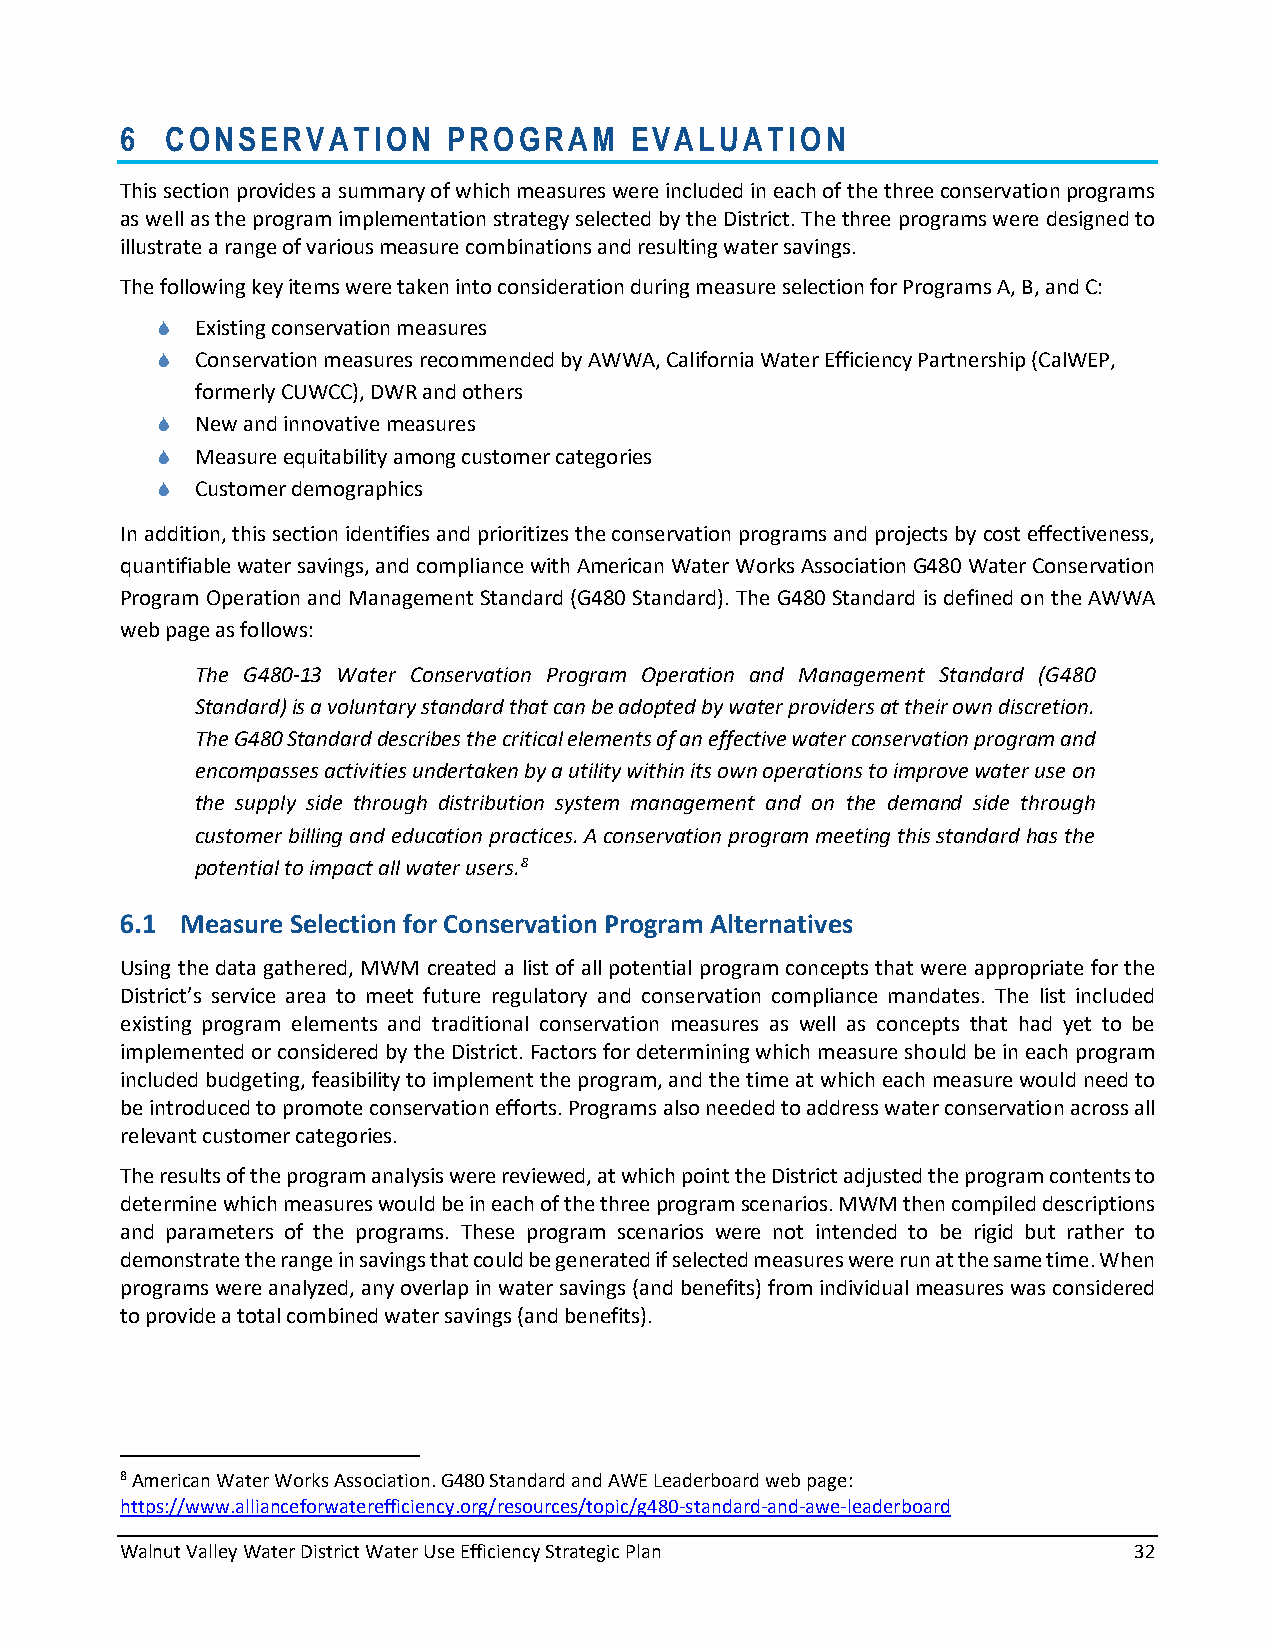
6  CONSERVATION       PROGRAM     EVALUATION
 This section provides a summary of which measures were included in each of the three conservation programs
 as well as the program implementation strategy selected by the District. The three programs were designed to
 illustrate a range of various measure combinations and resulting water savings.
 The following key items were taken into consideration during measure selection for Programs A, B, and C:
   Existing conservation measures
   Conservation measures recommended by AWWA, California Water Efficiency Partnership (CalWEP,
 formerly CUWCC), DWR and others
   New and innovative measures
   Measure equitability among customer categories
   Customer demographics
 In addition, this section identifies and prioritizes the conservation programs and projects by cost effectiveness,
 quantifiable water savings, and compliance with American Water Works Association G480 Water Conservation
 Program Operation and Management Standard (G480 Standard). The G480 Standard is defined on the AWWA
 web page as follows:
 The G480-13 Water Conservation Program Operation and Management Standard (G480
 Standard) is a voluntary standard that can be adopted by water providers at their own discretion.
 The G480 Standard describes the critical elements of an effective water conservation program and
 encompasses activities undertaken by a utility within its own operations to improve water use on
 the supply side through distribution system management and on the demand side through
 customer billing and education practices. A conservation program meeting this standard has the
 potential to impact all water users.8
 Measure Selection for Conservation Program Alternatives
 Using the data gathered, MWM created a list of all potential program concepts that were appropriate for the
 District’s service area to meet future regulatory and conservation compliance mandates. The list included
 existing program elements and traditional conservation measures as well as concepts that had yet to be
 implemented or considered by the District. Factors for determining which measure should be in each program
 included budgeting, feasibility to implement the program, and the time at which each measure would need to
 be introduced to promote conservation efforts. Programs also needed to address water conservation across all
 relevant customer categories.
 The results of the program analysis were reviewed, at which point the District adjusted the program contents to
 determine which measures would be in each of the three program scenarios. MWM then compiled descriptions
 and parameters of the programs. These program scenarios were not intended to be rigid but rather to
 demonstrate the range in savings that could be generated if selected measures were run at the same time. When
 programs were analyzed, any overlap in water savings (and benefits) from individual measures was considered
 to provide a total combined water savings (and benefits).
 8 American Water Works Association. G480 Standard and AWE Leaderboard web page:
 https://www.allianceforwaterefficiency.org/resources/topic/g480-standard-and-awe-leaderboard
 Walnut Valley Water District Water Use Efficiency Strategic Plan   32